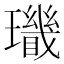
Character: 𤪫